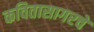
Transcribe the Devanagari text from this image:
कवितासागरचे